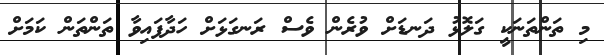
މި ތަންތަނަކީ ގަލޮޅު ދަނޑަށް ވުރެން ވެސް ރަނގަޅަށް ހަދާފައިވާ ތަންތަން ކަމަށް